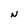
Character: N